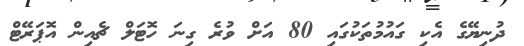
ދުނިޔޭގެ އެކި ގައުމުތަކުގައި 80 އަށް ވުރެ ގިނަ ހޮޓަލް ޗެއިން އޮޕަރޭޓް